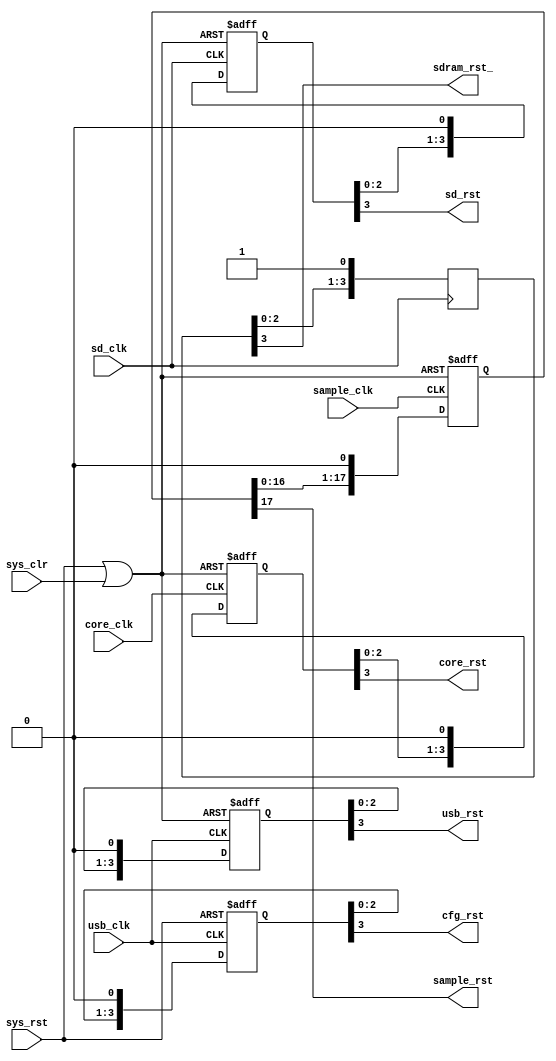
/*
 * This file is part of the DSLogic-hdl project.
 *
 * Copyright (C) 2014 DreamSourceLab <support@dreamsourcelab.com>
 *
 * This program is free software; you can redistribute it and/or modify
 * it under the terms of the GNU General Public License as published by
 * the Free Software Foundation; either version 2 of the License, or
 * (at your option) any later version.
 *
 * This program is distributed in the hope that it will be useful,
 * but WITHOUT ANY WARRANTY; without even the implied warranty of
 * MERCHANTABILITY or FITNESS FOR A PARTICULAR PURPOSE.  See the
 * GNU General Public License for more details.
 *
 * You should have received a copy of the GNU General Public License
 * along with this program; if not, write to the Free Software
 * Foundation, Inc., 51 Franklin St, Fifth Floor, Boston, MA  02110-1301 USA
 */

`timescale 1ns/100ps
`define D #1

module reset(
	// -- raw
	input	core_clk,
	input	sample_clk,
	input	sd_clk,
	input	usb_clk,
	input	sys_rst,
	input	sys_clr,

	// -- sync
	output	core_rst,
	output	sample_rst,
	output	sd_rst,
	output	sdram_rst_,
	output	cfg_rst,
	output	usb_rst
);

wire	clr_rst;
assign clr_rst = sys_rst | sys_clr;

// --
// core reset sync & stretch
// --
reg	[3:0]	core_rst_reg;
wire	[3:0]	core_rst_reg_nxt;

assign core_rst = core_rst_reg[3];
assign core_rst_reg_nxt = {core_rst_reg[2:0], 1'b0};
always @(posedge core_clk or posedge clr_rst)
begin
	if (clr_rst)
		core_rst_reg <= `D 4'b1111;
	else
		core_rst_reg <= `D core_rst_reg_nxt;
end

// --
// sample reset sync & stretch
// --
reg	[17:0]	sample_rst_reg;
wire	[17:0]	sample_rst_reg_nxt;

assign sample_rst = sample_rst_reg[17];
assign sample_rst_reg_nxt = {sample_rst_reg[16:0], 1'b0};
always @(posedge sample_clk or posedge clr_rst)
begin
	if (clr_rst)
		sample_rst_reg <= `D 18'b111111111111111111;
	else
		sample_rst_reg <= `D sample_rst_reg_nxt;
end

// --
// dwrite/dread reset sync & stretch
// --
reg	[3:0]	sd_rst_reg;
wire	[3:0]	sd_rst_reg_nxt;

assign sd_rst = sd_rst_reg[3];
assign sd_rst_reg_nxt = {sd_rst_reg[2:0], 1'b0};
always @(posedge sd_clk or posedge clr_rst)
begin
	if (clr_rst)
		sd_rst_reg <= `D 4'b1111;
	else
		sd_rst_reg <= `D sd_rst_reg_nxt;
end

// --
// sdram controller reset sync & stretch
// --
reg	[3:0]	sdram_rst_reg = 4'b0;
wire	[3:0]	sdram_rst_reg_nxt;

assign sdram_rst_ = sdram_rst_reg[3];
assign sdram_rst_reg_nxt = {sdram_rst_reg[2:0], 1'b1};
always @(posedge sd_clk)
begin
		sdram_rst_reg <= `D sdram_rst_reg_nxt;
end

// --
// cfg reset sync & stretch
// --
reg	[3:0]	cfg_rst_reg;
wire	[3:0]	cfg_rst_reg_nxt;

assign cfg_rst = cfg_rst_reg[3];
assign cfg_rst_reg_nxt = {cfg_rst_reg[2:0], 1'b0};
always @(posedge usb_clk or posedge sys_rst)
begin
	if (sys_rst)
		cfg_rst_reg <= `D 4'b1111;
	else
		cfg_rst_reg <= `D cfg_rst_reg_nxt;
end

// --
// usb controller reset sync & stretch
// --
reg	[3:0]	usb_rst_reg;
wire	[3:0]	usb_rst_reg_nxt;

assign usb_rst = usb_rst_reg[3];
assign usb_rst_reg_nxt = {usb_rst_reg[2:0], 1'b0};
always @(posedge usb_clk or posedge clr_rst)
begin
	if (clr_rst)
		usb_rst_reg <= `D 4'b1111;
	else
		usb_rst_reg <= `D usb_rst_reg_nxt;
end


endmodule